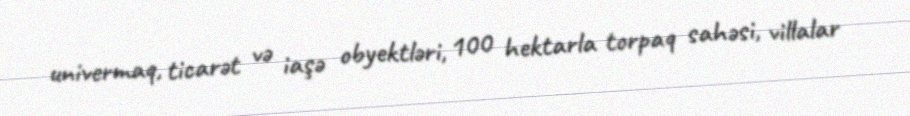
univermaq, ticarət və iaşə obyektləri, 100 hektarla torpaq sahəsi, villalar